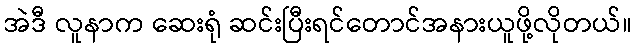
အဲဒီ လူနာက ဆေးရုံ ဆင်းပြီးရင်တောင်အနားယူဖို့လိုတယ်။